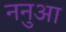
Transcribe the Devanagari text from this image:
ननुआ